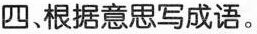
四、根据意思写成语。